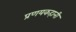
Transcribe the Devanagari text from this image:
प्रणयकहानी